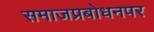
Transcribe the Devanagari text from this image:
समाजप्रबोधनपर